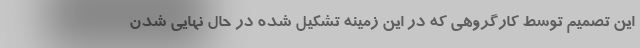
این تصمیم توسط کارگروهی که در این زمینه تشکیل شده در حال نهایی شدن